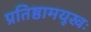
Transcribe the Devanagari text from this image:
प्रतिष्ठामयूखः